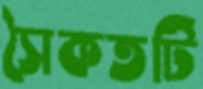
সৈকতটি